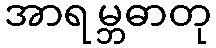
အာရမ္ဘဓာတု